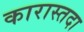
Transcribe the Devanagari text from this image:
कारास्तदा